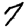
Digit: 7